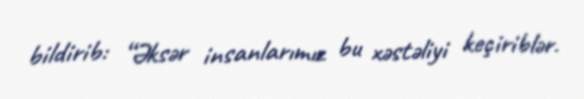
bildirib: “Əksər insanlarımız bu xəstəliyi keçiriblər.